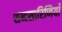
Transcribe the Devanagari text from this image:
शब्दसारिणियाँ